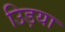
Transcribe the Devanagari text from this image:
उिड़या